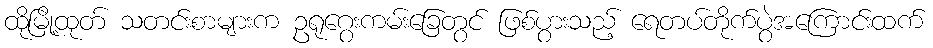
ထိုမြို့ထုတ် သတင်းစာများက ဥရုဂွေးကမ်းခြေတွင် ဖြစ်ပွားသည့် ရေတပ်တိုက်ပွဲအကြောင်းထက်